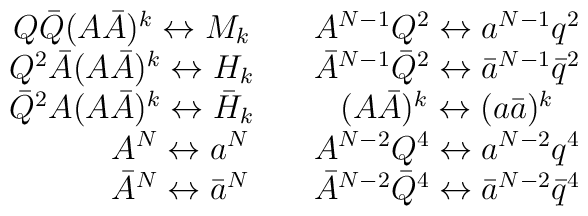
\begin{array}{cc}Q\bar{Q}(A\bar{A})^k \leftrightarrow M_k \quad &A^{N-1} Q^2 \leftrightarrow a^{N-1} q^2 \\Q^2 \bar{A} (A\bar{A})^k \leftrightarrow H_k \quad & \bar{A}^{N-1}\bar{Q}^2 \leftrightarrow \bar{a}^{N-1} \bar{q}^2 \\\bar{Q}^2 {A} (A\bar{A})^k \leftrightarrow \bar{H}_k \quad & (A\bar{A})^k\leftrightarrow (a\bar{a})^k \\\qquad A^N \leftrightarrow a^N & A^{N-2} Q^4 \leftrightarrow a^{N-2} q^4 \\\qquad \bar{A}^N \leftrightarrow \bar{a}^N & \bar{A}^{N-2} \bar{Q}^4\leftrightarrow \bar{a}^{N-2} \bar{q}^4 \end{array}